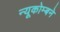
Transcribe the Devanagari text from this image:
न्यूकोम्बने